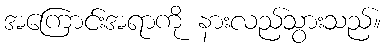
အကြောင်းအရာကို နားလည်သွားသည်။